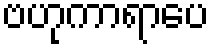
ဗဟုကာရာပေ